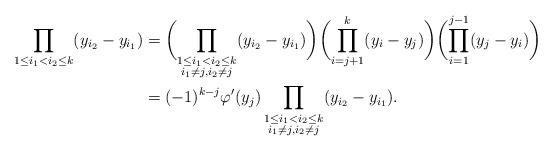
LaTeX: \begin{align*}\prod_{1\le i_1<i_2\le k} (y_{i_2}-y_{i_1})&=\biggl(\prod_{\substack{1\le i_1<i_2\le k\\ i_1\ne j, i_2\ne j}} (y_{i_2}-y_{i_1})\biggr)\biggl(\prod_{i=j+1}^k (y_i-y_j)\biggr)\biggl(\prod_{i=1}^{j-1} (y_j-y_i)\biggr)\\&=(-1)^{k-j}\varphi'(y_j)\prod_{\substack{1\le i_1<i_2\le k\\ i_1\ne j, i_2\ne j}} (y_{i_2}-y_{i_1}).\end{align*}